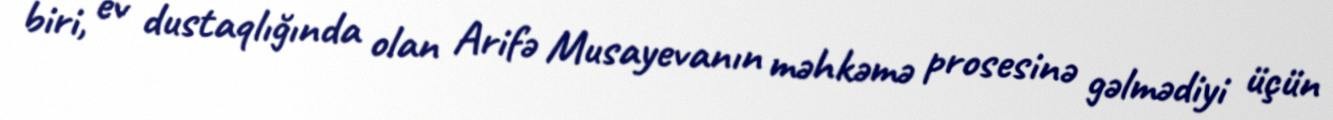
biri, ev dustaqlığında olan Arifə Musayevanın məhkəmə prosesinə gəlmədiyi üçün